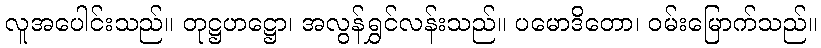
လူအပေါင်းသည်။ တုဋ္ဌဟဋ္ဌော၊ အလွန်ရွှင်လန်းသည်။ ပမောဒိတော၊ ဝမ်းမြောက်သည်။